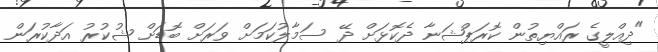
"ދިއްލީގެ ރައްޔިތުން ކޮރަޕްޝަނާ ދެކޮޅަށް ދޭ ސަމާލުކަމަށް ވަރަށް ބޮޑަށް ޝުކުރު އަދާކުރަން